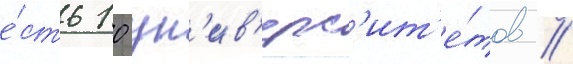
е́сть 10 ун'ив'ерс'ит'е́тов //